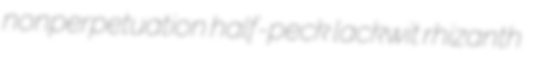
nonperpetuation half-peck lackwit rhizanth